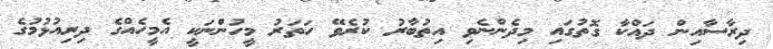
ދިރާސާއިން ދައްކާ ގޮތުގައި މިދެންނެވި އިތުބާރު ކުރެވޭ ހަތަރު މީހުންނަކީ އެމީހެއްގެ ދިރިއުޅުމުގެ